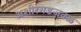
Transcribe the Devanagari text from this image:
अशीरगडजवळ